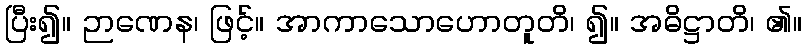
ပြီး၍။ ဉာဏေန၊ ဖြင့်။ အာကာသောဟောတူတိ၊ ၍။ အဓိဋ္ဌာတိ၊ ၏။